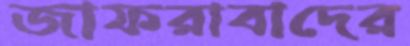
জাফরাবাদের